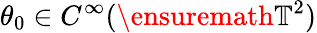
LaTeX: \theta_{0}\in C^{\infty}(\ensuremath{\mathbb{T}}^{2})